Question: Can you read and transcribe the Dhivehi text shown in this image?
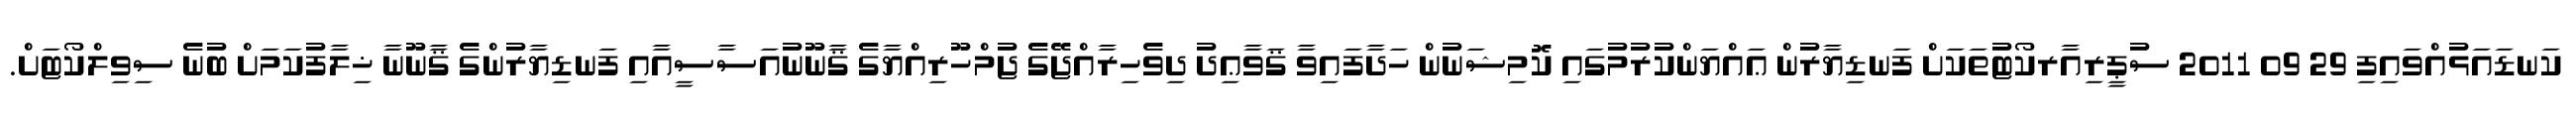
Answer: ކަނޑައަޅުއްވައިފި 29 09 2011 ސުޕީރިއާރކޯޓުތަކަށް ފަނޑިޔާރުން ޢައްޔަންކުރުމުގައި ކޮމިޝަނުން ހަދާފައިވާ ޤަވާޢިދު ދިވެހިރާއްޖޭގެ ޖުމްހޫރިއްޔާގެ ޤާނޫނުއަސާސީއާއި ފަނޑިޔާރުންގެ ޤާނޫނާ ޚިލާފުކަމަށް ބުނެ ސިވިލްކޯޓަށް.